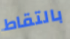
بالتقاط